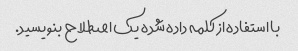
با استفاده از کلمه داده شده یک اصطلاح بنویسید.